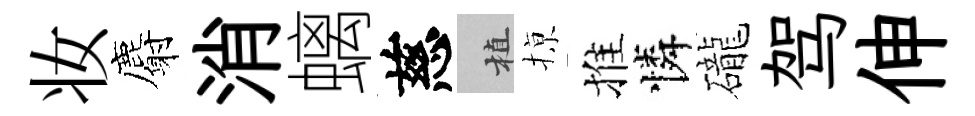
妆麝消螭慈植𢱊推憐礲驾伸